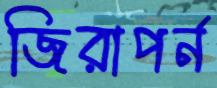
জিরাপর্ন